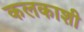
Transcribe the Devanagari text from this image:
कलकाशी